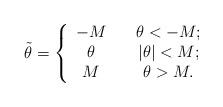
LaTeX: \begin{align*}\tilde \theta = \left \{\begin{array}{cc}-M & ~~~ \theta < -M;\\\theta &~~~ |\theta| < M;\\M &~~~ \theta > M.\end{array}\right .\end{align*}